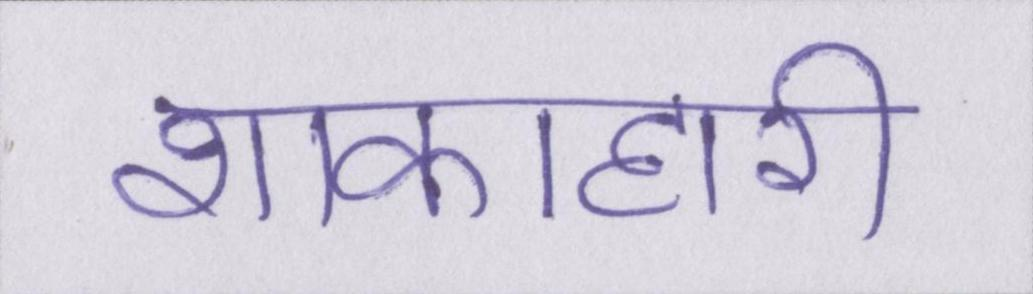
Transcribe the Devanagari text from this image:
शाकाहारी